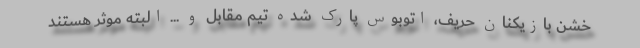
خشن بازیکنان حریف، اتوبوس پارک شده تیم مقابل و ... البته موثر هستند